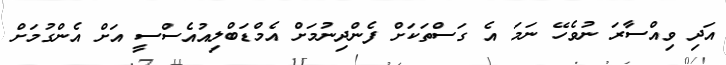
އަދި ވިއްސާރަ ނުވެހޭ ނަމަ އެ ގަސްތަކަށް ފެންދިނުމަށް އެމްޑަބްލިއުއެސްސީ އަށް އެންގުމަށް